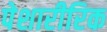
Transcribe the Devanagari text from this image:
पेशारीरिक